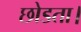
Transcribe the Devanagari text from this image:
छोडता।